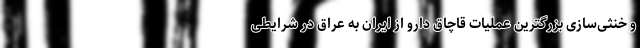
و خنثی‌سازی بزرگترین عملیات قاچاق دارو از ایران به عراق در شرایطی